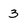
Character: 3